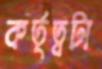
কর্তৃত্বটা